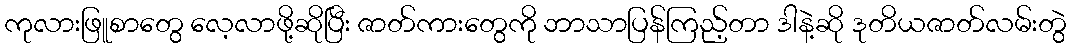
ကုလားဖြူစာတွေ လေ့လာဖို့ဆိုပြီး ဇာတ်ကားတွေကို ဘာသာပြန်ကြည့်တာ ဒါနဲ့ဆို ဒုတိယဇာတ်လမ်းတွဲ